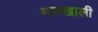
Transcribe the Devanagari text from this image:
मक्खाली